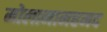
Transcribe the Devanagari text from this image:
मोलानामहमद